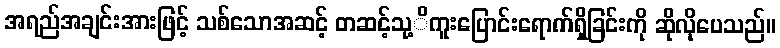
အရည်အချင်းအားဖြင့် သစ်သောအဆင့် တဆင့်သု့ိကူးပြောင်းရောက်ရှိခြင်းကို ဆိုလိုပေသည်။